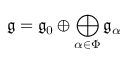
{ \mathfrak { g } } = { \mathfrak { g } } _ { 0 } \oplus \bigoplus _ { \alpha \in \Phi } { \mathfrak { g } } _ { \alpha }